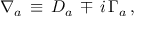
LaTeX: \nabla _ { a } \, \equiv \, D _ { a } \, \mp \, i \, \Gamma _ { a } \, ,